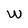
Character: W